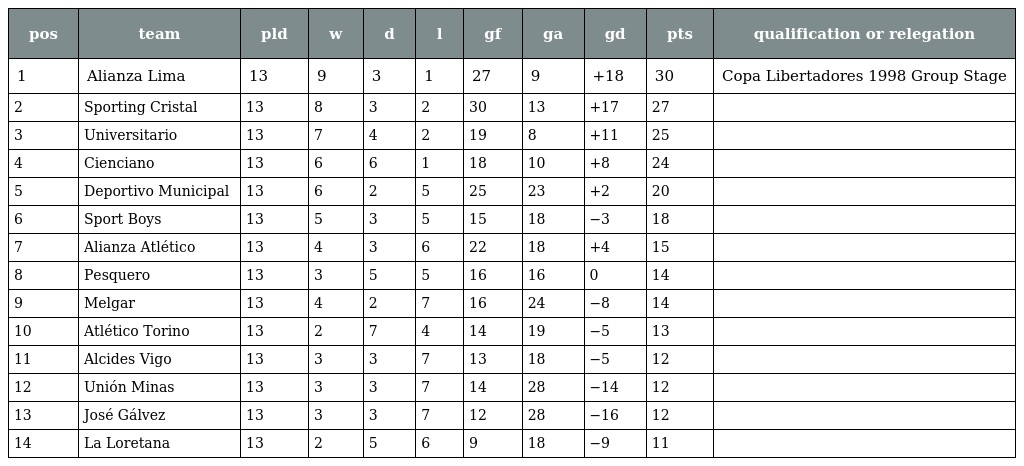
| pos | team | pld | w | d | l | gf | ga | gd | pts | qualification or relegation |
 | --- | --- | --- | --- | --- | --- | --- | --- | --- | --- | --- |
 | 1 | Alianza Lima | 13 | 9 | 3 | 1 | 27 | 9 | +18 | 30 | Copa Libertadores 1998 Group Stage |
 | 2 | Sporting Cristal | 13 | 8 | 3 | 2 | 30 | 13 | +17 | 27 |  |
 | 3 | Universitario | 13 | 7 | 4 | 2 | 19 | 8 | +11 | 25 |  |
 | 4 | Cienciano | 13 | 6 | 6 | 1 | 18 | 10 | +8 | 24 |  |
 | 5 | Deportivo Municipal | 13 | 6 | 2 | 5 | 25 | 23 | +2 | 20 |  |
 | 6 | Sport Boys | 13 | 5 | 3 | 5 | 15 | 18 | −3 | 18 |  |
 | 7 | Alianza Atlético | 13 | 4 | 3 | 6 | 22 | 18 | +4 | 15 |  |
 | 8 | Pesquero | 13 | 3 | 5 | 5 | 16 | 16 | 0 | 14 |  |
 | 9 | Melgar | 13 | 4 | 2 | 7 | 16 | 24 | −8 | 14 |  |
 | 10 | Atlético Torino | 13 | 2 | 7 | 4 | 14 | 19 | −5 | 13 |  |
 | 11 | Alcides Vigo | 13 | 3 | 3 | 7 | 13 | 18 | −5 | 12 |  |
 | 12 | Unión Minas | 13 | 3 | 3 | 7 | 14 | 28 | −14 | 12 |  |
 | 13 | José Gálvez | 13 | 3 | 3 | 7 | 12 | 28 | −16 | 12 |  |
 | 14 | La Loretana | 13 | 2 | 5 | 6 | 9 | 18 | −9 | 11 |  |